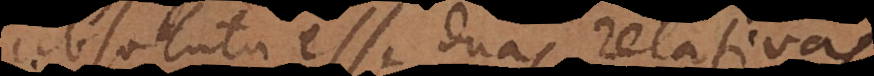
absoluta esse duas relativas